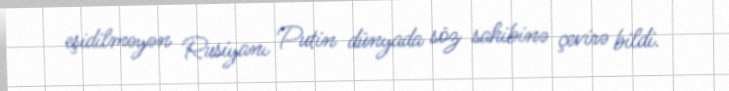
eşidilməyən Rusiyanı Putin dünyada söz sahibinə çevirə bildi.